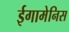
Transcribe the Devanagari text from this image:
ईगामेनिस